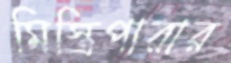
মিস্ত্রিপারার